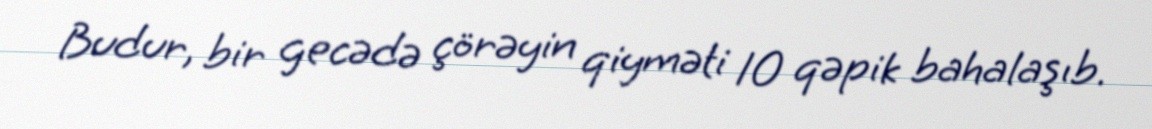
Budur, bir gecədə çörəyin qiyməti 10 qəpik bahalaşıb.